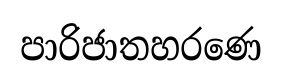
පාරිජාතහරණෙ